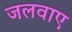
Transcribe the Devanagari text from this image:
जलवाए